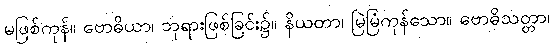
မဖြစ်ကုန်။ ဗောဓိယာ၊ ဘုရားဖြစ်ခြင်း၌။ နိယတာ၊ မြဲမြံကုန်သော။ ဗောဓိသတ္တာ၊